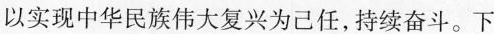
以实现中华民族伟大复兴为己任，持续奋斗。下